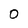
Character: 0